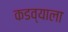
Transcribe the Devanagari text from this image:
कडव्याला